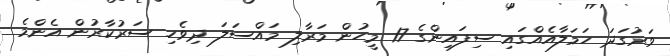
ވަރުގަދަ ހަމަލާއެއްގައި ސިފައިންގެ 17 މީހުން މަރާލި މައްސަލަ ދިވެހި ސަރުކާރުން އެންމެ